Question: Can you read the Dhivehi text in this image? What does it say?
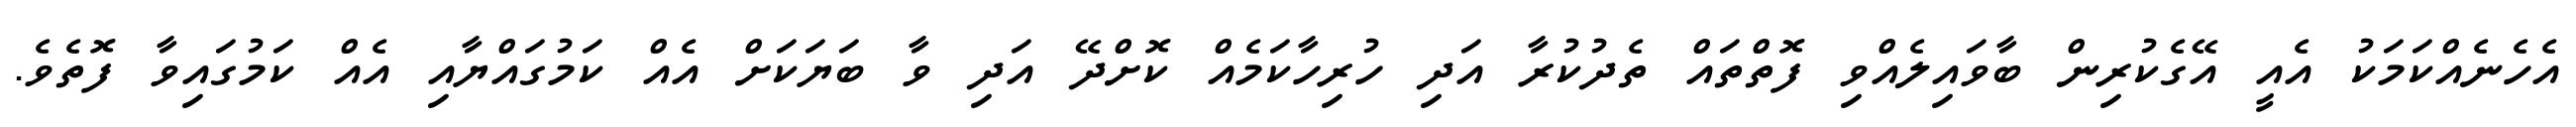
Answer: އެހެނެއްކަމަކު އެއީ އޭގެކުރިން ބާވައިލެއްވި ފޮތްތައް ތެދުކުރާ އަދި ހުރިހާކަމެއް ކޮށްދޭ އަދި ވާ ބަޔަކަށް އެއް ކަމުގައްޔާއި އެއް ކަމުގައިވާ ފޮތެވެ.